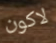
لاكون